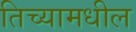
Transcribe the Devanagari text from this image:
तिच्यामधील